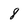
Character: 8